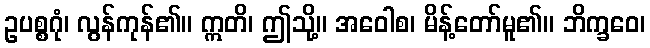
ဥပစ္စဂုံ၊ လွန်ကုန်၏။ ဣတိ၊ ဤသို့။ အဝေါစ၊ မိန့်တော်မူ၏။ ဘိက္ခဝေ၊